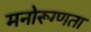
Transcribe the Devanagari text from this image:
मनोरूग्णता